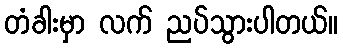
တံခါးမှာ လက် ညပ်သွားပါတယ်။